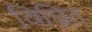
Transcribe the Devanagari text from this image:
विघ्नित